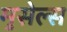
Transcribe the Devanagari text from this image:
मुसेल्स